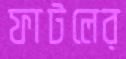
ফাটলের